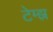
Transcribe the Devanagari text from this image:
टेम्झ